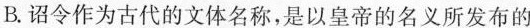
B.令作为古代的文体名称，是以皇帝的名义所发布的